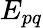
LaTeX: E_{pq}